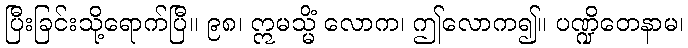
ပြီးခြင်းသို့ရောက်ပြီ။ ၉၈၊ ဣမသ္မိံ လောက၊ ဤလောက၍။ ပဏ္ဍိတေနာမ၊